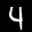
Label: 4